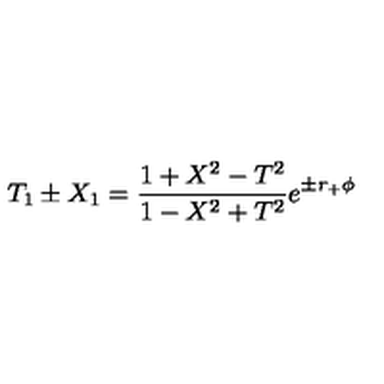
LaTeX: T _ { 1 } \pm X _ { 1 } = { \frac { 1 + X ^ { 2 } - T ^ { 2 } } { 1 - X ^ { 2 } + T ^ { 2 } } } e ^ { \pm r _ { + } \phi }